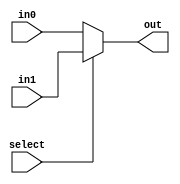
module mux32_2(
    input select,
    input [31:0] in0,
    input [31:0] in1,
    output [31:0] out
);

    assign out = select ? in1 : in0;
    
endmodule